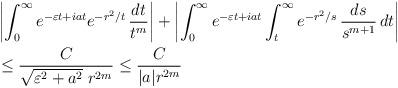
LaTeX: \begin{align*}&\left|\int_0^\infty e^{-\varepsilon t+iat}e^{-r^2/t}\,\frac{dt}{t^m}\right|+\left|\int_0^\infty e^{-\varepsilon t+iat}\int_t^\infty e^{-r^2/s}\,\frac{ds}{s^{m+1}}\,dt\right| \\&\leq\frac{C}{\sqrt{\varepsilon^2+a^2}\; r^{2m}}\leq\frac{C}{|a|r^{2m}}\end{align*}